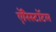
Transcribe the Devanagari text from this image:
ऍरिस्टॉटल